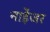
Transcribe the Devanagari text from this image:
नाईेजर